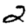
Digit: 2